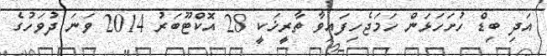
އަދި ބިޑް ހުށަހަޅަން ހަމަޖެހިފައިވާ ތާރީޚަކީ 28 އޮކްޓޫބަރު 2014 ވަނަ ދުވަހުގެ